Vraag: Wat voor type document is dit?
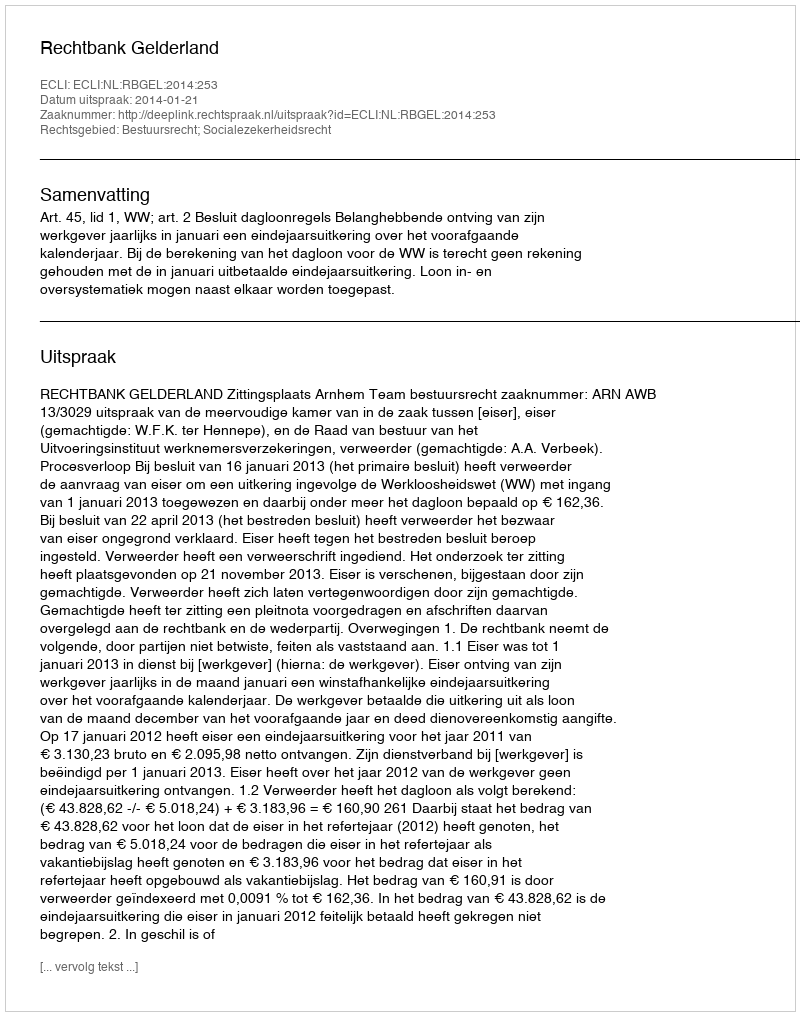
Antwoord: Uitspraak